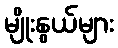
မျိုးနွယ်များ